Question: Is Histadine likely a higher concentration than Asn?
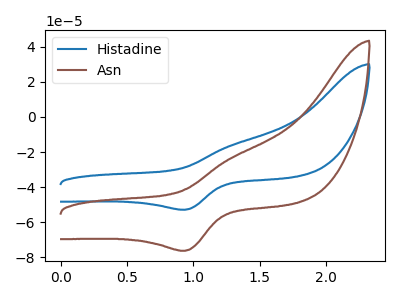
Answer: <think>The blue curve "Histadine" has an anodic peak at (1.30V, -16.05uA) and a cathodic peak at (0.95V, -52.85uA). The brown curve "Asn" has an anodic peak at (1.30V, -23.10uA) and a cathodic peak at (0.95V, -76.20uA).
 All the peaks in "Histadine" have a peak in "Asn" at the same potential.</think>
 <answer>I cant tell if "Histadine" or "Asn" has more signal.</answer>
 <eval>mixed_signal</eval>